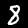
Digit: 8